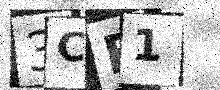
Text: 3CB1